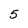
Character: 5